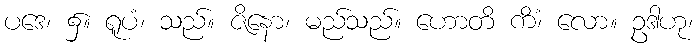
ပဒေ၊ ၌။ ရူပံ၊ သည်။ ဇိနော၊ မည်သည်။ ဟောတိ ကိံ၊ လော။ ဥဒါဟု၊